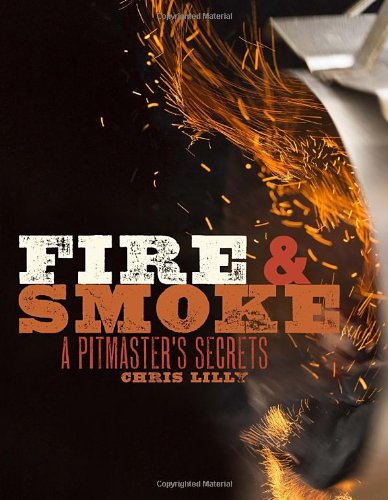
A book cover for Fire and Smoke: A Pitmaster's Secrets; Chris Lilly; Cookbooks, Food & Wine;